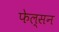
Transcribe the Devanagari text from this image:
फेल्सन